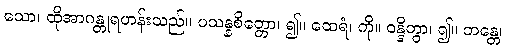
သော၊ ထိုအာဂန္တုရဟန်းသည်။ ပသန္နစိတ္တော၊ ၍။ ထေရံ၊ ကို။ ဝန္ဒိတွာ၊ ၍။ ဘန္တေ၊